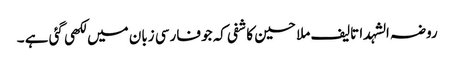
روضہ الشہدا تالیف ملا حسین کاشفی کہ جو فارسی زبان میں لکھی گئی ہے ۔